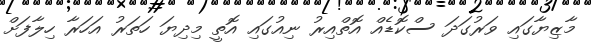
މާޒިޔާގައި ވަރުގަދަ ސްކޮޑެއް އޮތްއިރު ނިއުގައި އޮތީ މިދިޔަ ހަތަރު އަހަރާ ހިލާފަށް